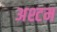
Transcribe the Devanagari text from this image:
अश्टम